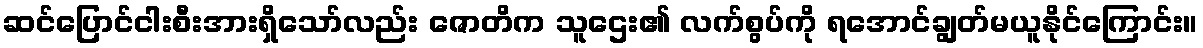
ဆင်ပြောင်ငါးစီးအားရှိသော်လည်း ဇောတိက သူဌေး၏ လက်စွပ်ကို ရအောင်ချွတ်မယူနိုင်ကြောင်း။